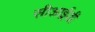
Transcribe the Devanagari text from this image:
सीआई़डी